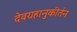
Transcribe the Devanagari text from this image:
देवग्रहानुकीर्तन